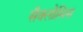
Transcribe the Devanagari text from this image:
सैक्लोसिस